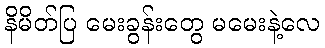
နိမိတ်ပြ မေးခွန်းတွေ မမေးနဲ့လေ